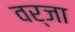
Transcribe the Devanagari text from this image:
वर्जा